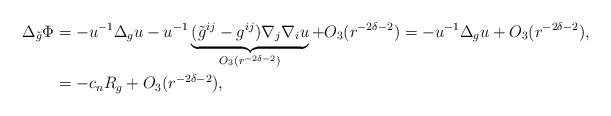
LaTeX: \begin{align*}\Delta_{\tilde{g}}\Phi&=-u^{-1}\Delta_gu - u^{-1}\underbrace{(\tilde{g}^{ij}-g^{ij})\nabla_j\nabla_iu}_{O_{3}(r^{-2\delta-2})} + O_3(r^{-2\delta - 2})=-u^{-1}\Delta_gu + O_3(r^{-2\delta-2}),\\&=-c_nR_g + O_3(r^{-2\delta-2}),\end{align*}